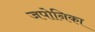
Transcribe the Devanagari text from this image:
जपोनिका